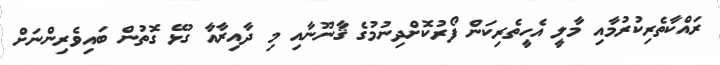
ރައްކާތެރިކުރުމާއި މާލީ އެހީތެރިކަން ފޯރުކޮށްދިނުމުގެ ޤާނޫނާއި މި ދާއިރާއާ ގުޅޭ ގޮތުން ބައިވެރިންނަށް